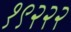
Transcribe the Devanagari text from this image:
१९२२२